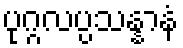
ပုဂ္ဂလပ္ပသန္နာနံ